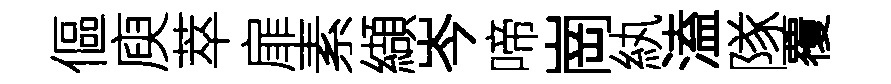
傴庾萃扉素纈岑啼崗紈溘隊覆